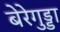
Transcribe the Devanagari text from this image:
बेरेगुड्डा